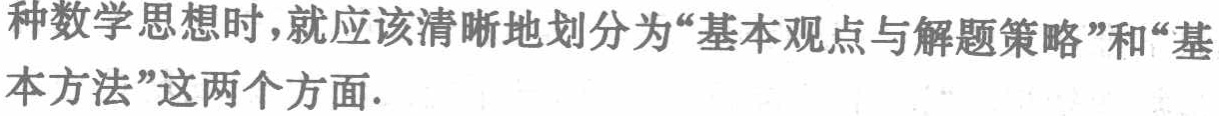
种数学思想时，就应该清晰地划分为“基本观点与解题策略”和“基本方法”这两个方面.